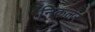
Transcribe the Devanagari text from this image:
निकलर